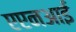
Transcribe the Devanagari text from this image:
एएनआई